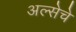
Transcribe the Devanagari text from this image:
अल्सेचे